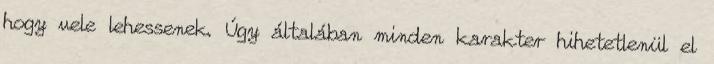
hogy vele lehessenek. Úgy általában minden karakter hihetetlenül el